Indian journal of veterinary science and animal husbandry - Volume 9,
Year: 1939
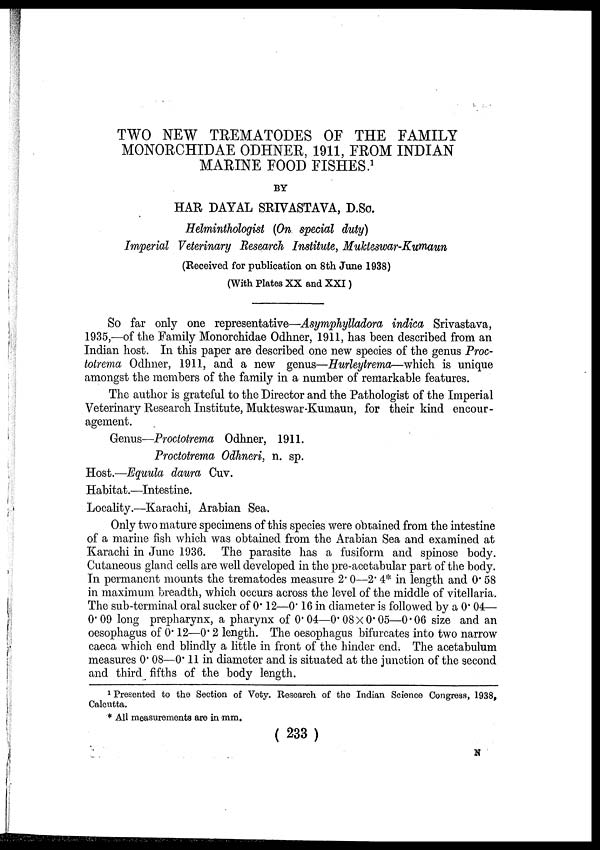
TWO NEW TREMATODES OF THE FAMILY
MONORCHIDAE ODHNER, 1911, FROM INDIAN
MARINE FOOD FISHES. 1
BY
HAR DAYAL SRIVASTAVA, D.Sc.
Helminthologist (On special duty)
Imperial Veterinary Research Institute, Mukteswar-Kumaun
(Received for publication on 8th June 1938)
(With Plates XX and XXI)
So far only one representative—Asymphylladora indica Srivastava,
1935,—of the Family Monorchidae Odhner, 1911, has been described from an
Indian host. In this paper are described one new species of the genus Proc-
totrema Odhner, 1911, and a new genus—Hurleytrema—which is unique
amongst the members of the family in a number of remarkable features.
The author is grateful to the Director and the Pathologist of the Imperial
Veterinary Research Institute, Mukteswar-Kumaun, for their kind encour-
agement.
Genus—Proctotrema Odhner, 1911.
Proctotrema Odhneri, n. sp.
Host.—Equula daura Cuv.
Habitat.—Intestine.
Locality.—Karachi, Arabian Sea.
Only two mature specimens of this species were obtained from the intestine
of a marine fish which was obtained from the Arabian Sea and examined at
Karachi in June 1936. The parasite has a fusiform and spinose body.
Cutaneous gland cells are well developed in the pre-acetabular part of the body.
In permanent mounts the trematodes measure 2. 0—2. 4* in length and 0. 58
in maximum breadth, which occurs across the level of the middle of vitellaria.
The sub-terminal oral sucker of 0. 12—0. 16 in diameter is followed by a 0. 04—
0.09 long prepharynx, a pharynx of 0.04—0.08×0. 05—0.06 size and an
oesophagus of 0. 12—0. 2 length. The oesophagus bifurcates into two narrow
caeca which end blindly a little in front of the hinder end. The acetabulum
measures 0. 08—0. 11 in diameter and is situated at the junction of the second
and third fifths of the body length.
1 Presented to the Section of Vety. Research of the Indian Science Congress, 1938,
Calcutta.
* All measurements are in mm.
( 233 )
N